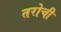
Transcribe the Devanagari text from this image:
तरोची